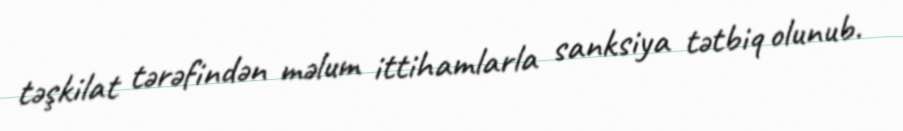
təşkilat tərəfindən məlum ittihamlarla sanksiya tətbiq olunub.